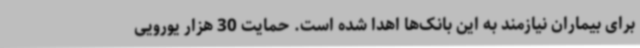
برای بیماران نیازمند به این بانک‌ها اهدا شده است. حمایت 30 هزار یورویی